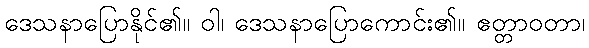
ဒေသနာပြောနိုင်၏။ ဝါ၊ ဒေသနာပြောကောင်း၏။ ဧတ္တာဝတာ၊